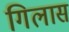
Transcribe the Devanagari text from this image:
गिलास